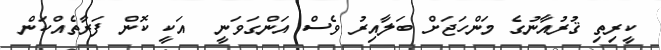
ކީރިތި ޤުރުއާނުގެ މަންހަޖަށް ބަލާއިރު ވެސް އަންގަވަނީ  އަކީ ކޮން ފަރާތެއްކަން